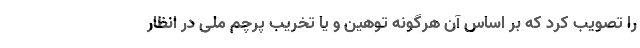
را تصویب کرد که بر اساس آن هرگونه توهین و یا تخریب پرچم ملی در انظار